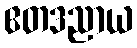
ဧတဒညာယ